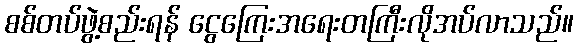
စစ်တပ်ဖွဲ့စည်းရန် ငွေကြေးအရေးတကြီးလိုအပ်လာသည်။